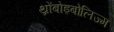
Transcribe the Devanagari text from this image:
थ्रोंबोइबोलिज्म